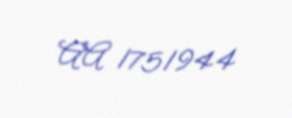
AA 1751944